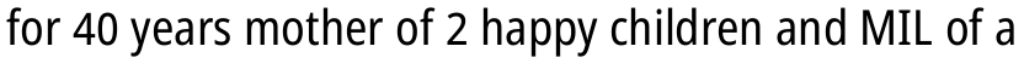
for 40 years mother of 2 happy children and MIL of a